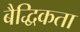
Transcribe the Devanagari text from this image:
बैद्धिकता